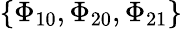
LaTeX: \{ \Phi_{10},\Phi_{20},\Phi_{21}\}